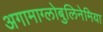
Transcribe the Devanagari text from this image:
अगामाग्लोबुलिनेमिया